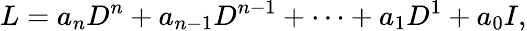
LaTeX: L=a_{n}D^{n}+a_{n-1}D^{n-1}+\cdots+a_{1}D^{1}+a_{0}I,